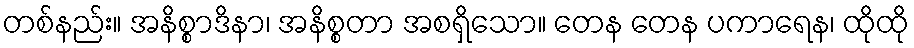
တစ်နည်း။ အနိစ္စာဒိနာ၊ အနိစ္စတာ အစရှိသော။ တေန တေန ပကာရေန၊ ထိုထို